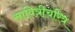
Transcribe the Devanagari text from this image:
सावित्रीचरित्र